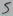
Text: 5